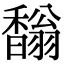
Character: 𩡓